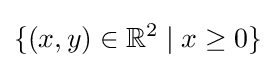
\{(x,y)\in \mathbb {R} ^{2}\mid x\geq 0\}